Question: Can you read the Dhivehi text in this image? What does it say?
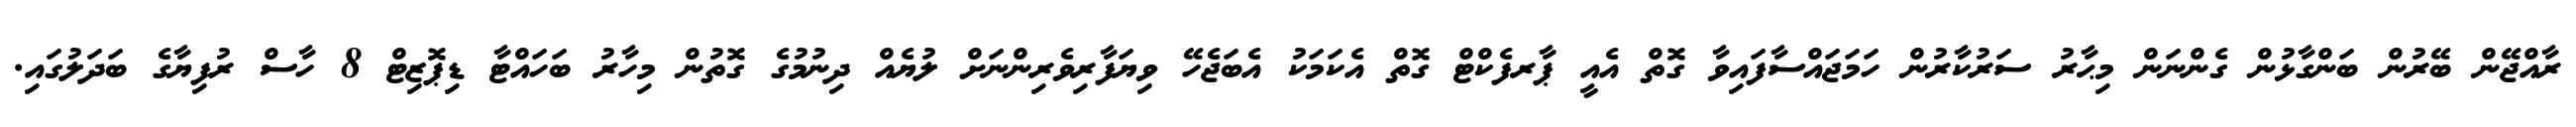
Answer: ރާއްޖޭން ބޭރުން ބަންގާޅުން ގެންނަން މިޙާރު ސަރުކާރުން ހަމަޖައްސާފައިވާ ގޮތް އެއީ ޕާރފެކްޓް ގޮތް އެކަމަކު އެބަޖެހޭ ވިޔަފާރިވެރިންނަށް ލުޔެއް ދިނުމުގެ ގޮތުން މިހާރު ބަހައްޓާ ޑިޕޮޒިޓް 8 ހާސް ރުފިޔާގެ ބަދަލުގައި.